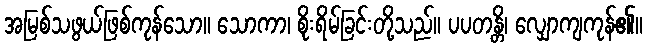
အမြစ်သဖွယ်ဖြစ်ကုန်သော။ သောကာ၊ စိုးရိမ်ခြင်းတို့သည်။ ပပတန္တိ၊ လျှောကျကုန်၏။